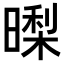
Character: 𭧜